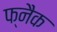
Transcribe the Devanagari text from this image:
फ्नैक